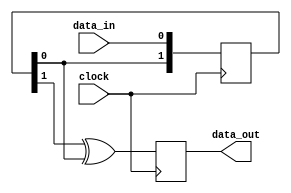
module xor_delay(
    input wire data_in,
    output reg data_out,
    input wire clock
);

reg [1:0] delay;

always @(posedge clock) begin
    delay <= {delay[0], data_in};
    data_out <= delay[1] ^ delay[0];
end

endmodule